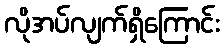
လိုအပ်လျက်ရှိကြောင်း